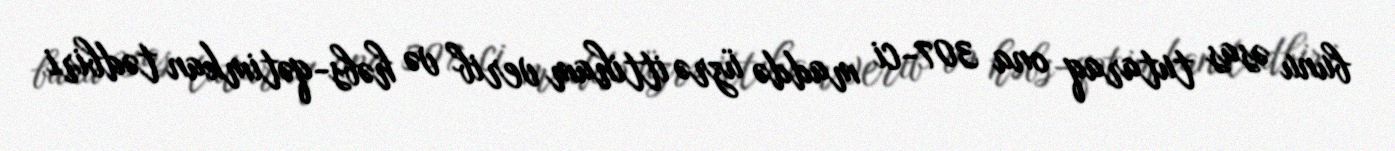
bunu əsas tutaraq ona 307-ci maddə üzrə ittiham verib və həbs-qətimkan tədbiri